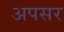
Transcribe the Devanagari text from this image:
अपसर